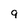
Character: 9